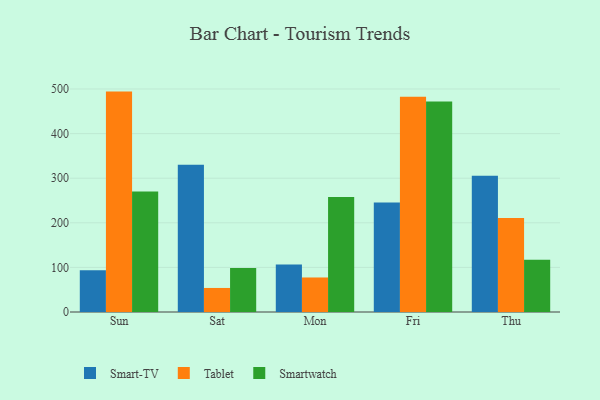
{"axis": {"x": "Day", "y": "Satisfaction Score"}, "legend": ["Smart-TV", "Smartwatch", "Tablet"], "data": [{"x": "Sun", "y": 93.6, "type": "Smart-TV"}, {"x": "Sun", "y": 494.2, "type": "Tablet"}, {"x": "Sun", "y": 270.3, "type": "Smartwatch"}, {"x": "Sat", "y": 330.3, "type": "Smart-TV"}, {"x": "Sat", "y": 53.9, "type": "Tablet"}, {"x": "Sat", "y": 98.9, "type": "Smartwatch"}, {"x": "Mon", "y": 106.3, "type": "Smart-TV"}, {"x": "Mon", "y": 77.4, "type": "Tablet"}, {"x": "Mon", "y": 257.7, "type": "Smartwatch"}, {"x": "Fri", "y": 245.5, "type": "Smart-TV"}, {"x": "Fri", "y": 482.9, "type": "Tablet"}, {"x": "Fri", "y": 472.0, "type": "Smartwatch"}, {"x": "Thu", "y": 305.6, "type": "Smart-TV"}, {"x": "Thu", "y": 211.0, "type": "Tablet"}, {"x": "Thu", "y": 117.2, "type": "Smartwatch"}]}